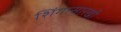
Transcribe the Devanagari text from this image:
शिंगासारखी